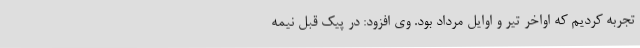
تجربه کردیم که اواخر تیر و اوایل مرداد بود. وی افزود: در پیک قبل نیمه